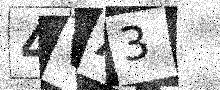
Text: 4VA3